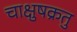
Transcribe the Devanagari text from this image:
चाक्षुषक्रतु